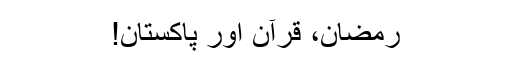
رمضان، قرآن اور پاکستان!